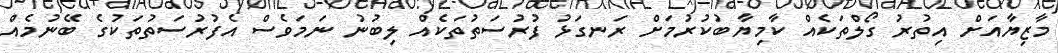
މާޒިޔާއަށް އިތުރު ގޯލްތަކެއް ކާމިޔާބުކުރުމަށް ރަނގަޅު ފުރުސަތުތަކެއް ލިބުނު ނަމަވެސް އެފުރުސަތުތަކުގެ ބޭނުމެއް